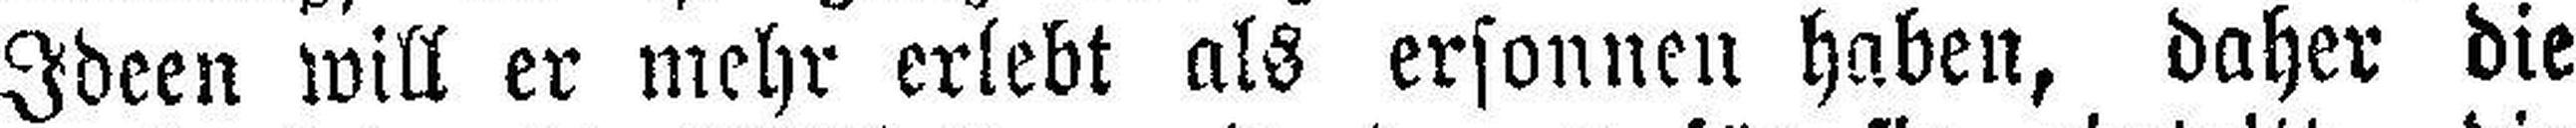
Ideen will er mehr erlebt als ersonnen haben, daher die